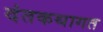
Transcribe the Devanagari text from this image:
दंतकथागत